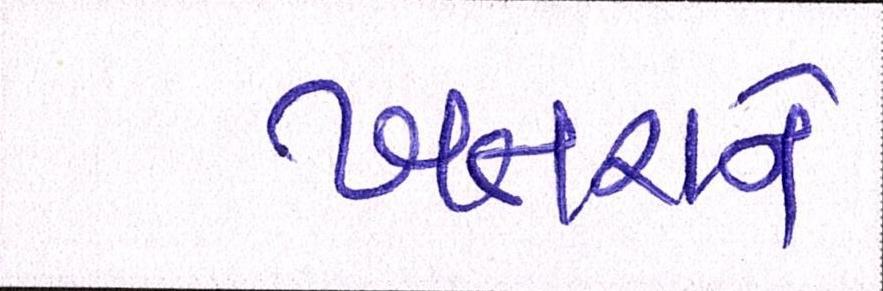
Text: ખતરાને